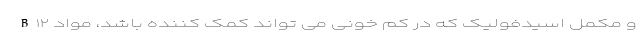
B۱۲ و مکمل اسیدفولیک که در کم خونی می‌ تواند کمک کننده باشد، مواد